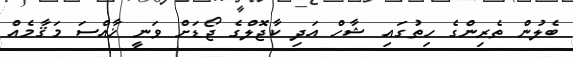
ބެލުން ތެރިންގެ ހިތުގައި ޝާހް އަދި ކާޖޮލްގެ ޖޯޑަށް ވަނީ ޚާއްސަ މަޤާމެއް